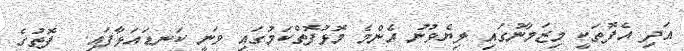
އަދި އެފޮތަކީ މިޒަމާނުގައި ލިޔެވުނު އެންމެ މޮޅުފޮތްކަމުގައި ވަނީ ކަނޑައަޅާފައި.  ފޮތުގެ